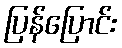
ပြန်ပြောင်း